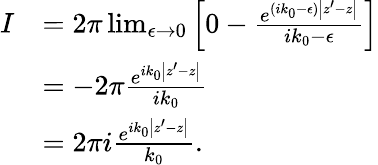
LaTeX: {\begin{array}{rl}{I}&{=2\pi\operatorname*{lim}_{\epsilon\to 0}\left[0-{\frac{e^{(ik_{0}-\epsilon){\left|z^{\prime}-z\right|}}}{ik_{0}-\epsilon}}\right]}\\ &{=-2\pi{\frac{e^{ik_{0}{\left|z^{\prime}-z\right|}}}{ik_{0}}}}\\ &{=2\pi i{\frac{e^{ik_{0}{\left|z^{\prime}-z\right|}}}{k_{0}}}.}\end{array}}